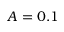
A = 0 . 1